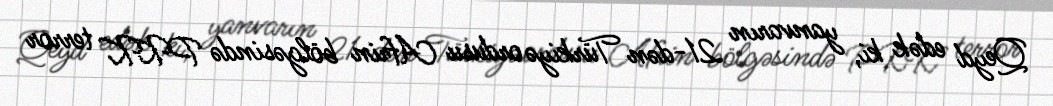
Qeyd edək ki, yanvarın 21-dən Türkiyə ordusu Afrin bölgəsində PKK terror